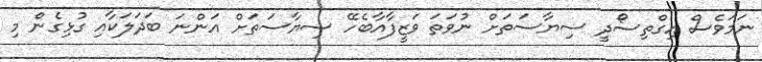
ނަމަވެސް އިގްތިސޯދީ ސިޔާސަތަށް ނުވަތަ ވަޒީފާއާބެހޭ ސިޔާސަތަށް އަންނަ ބަދަލަކާއި ގުޅިގެން މި